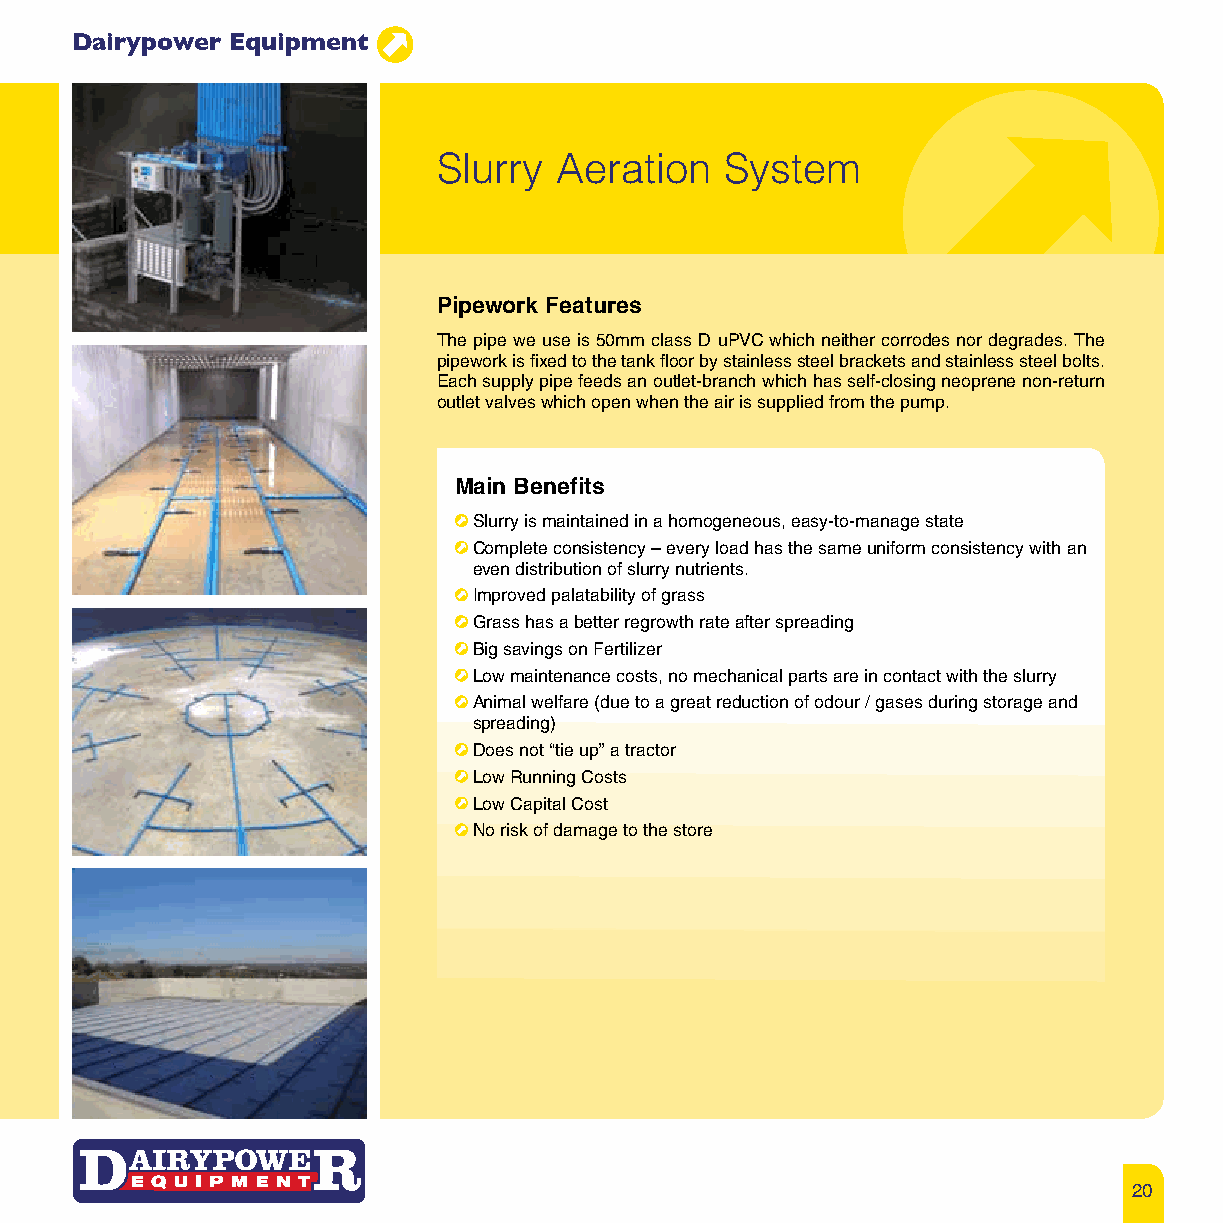
Dairypower Equipment
 Slurry  Aeration   System
 Pipework Features
 The pipe we use is 50mm class D uPVC which neither corrodes nor degrades. The
 pipework is fixed to the tank floor by stainless steel brackets and stainless steel bolts.
 Each supply pipe feeds an outlet-branch which has self-closing neoprene non-return
 outlet valves which open when the air is supplied from the pump.
 Main Benefits
 Slurry is maintained in a homogeneous, easy-to-manage state
 Complete consistency – every load has the same uniform consistency with an
 even distribution of slurry nutrients.
 Improved palatability of grass
 Grass has a better regrowth rate after spreading
 Big savings on Fertilizer
 Low maintenance costs, no mechanical parts are in contact with the slurry
 Animal welfare (due to a great reduction of odour / gases during storage and
 spreading)
 Does not “tie up” a tractor
 Low Running Costs
 Low Capital Cost
 No risk of damage to the store
 20